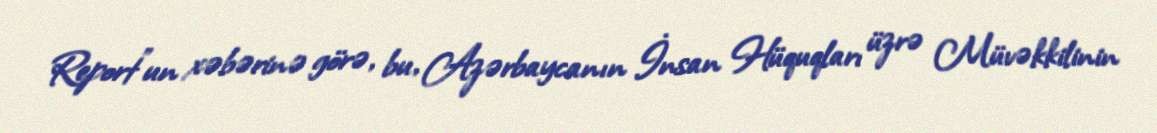
Report"un xəbərinə görə, bu, Azərbaycanın İnsan Hüquqları üzrə Müvəkkilinin